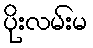
ပိုးလမ်းမ